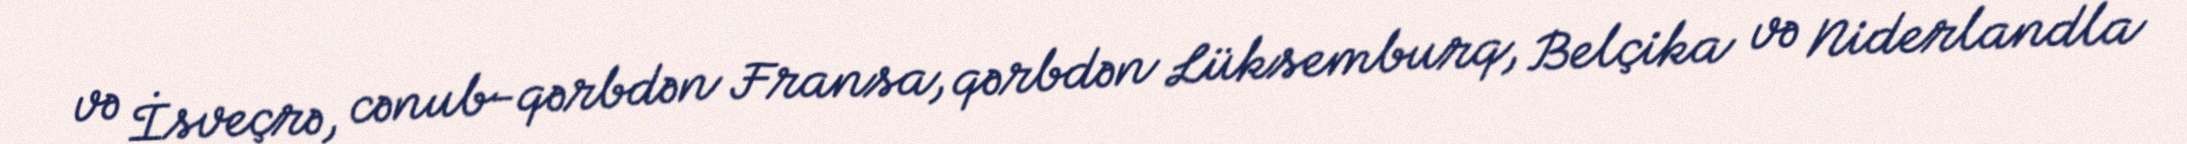
və İsveçrə, cənub-qərbdən Fransa, qərbdən Lüksemburq, Belçika və Niderlandla